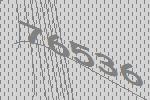
76536